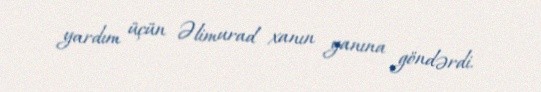
yardım üçün Əlimurad xanın yanına göndərdi.